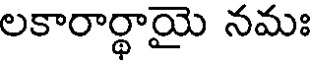
లకారార్థాయై నమః